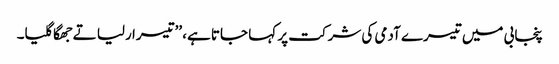
پنجابی میں تیسرے آدمی کی شرکت پر کہا جاتا ہے، ’’تیسرا رلیا تے جھگا گلیا۔